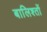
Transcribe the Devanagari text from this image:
बालिश्तों